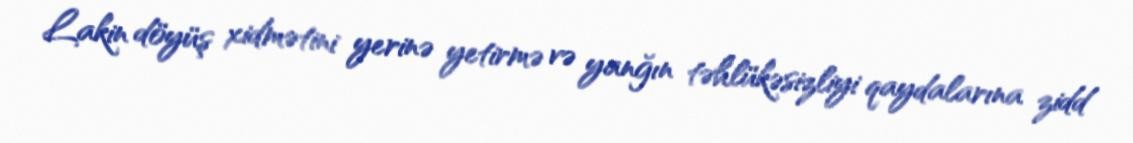
Lakin döyüş xidmətini yerinə yetirmə və yanğın təhlükəsizliyi qaydalarına zidd